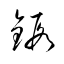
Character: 鍛